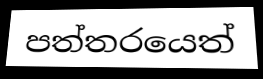
පත්තරයෙත්